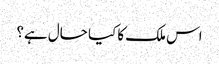
اس ملک کا کیا حال ہے؟